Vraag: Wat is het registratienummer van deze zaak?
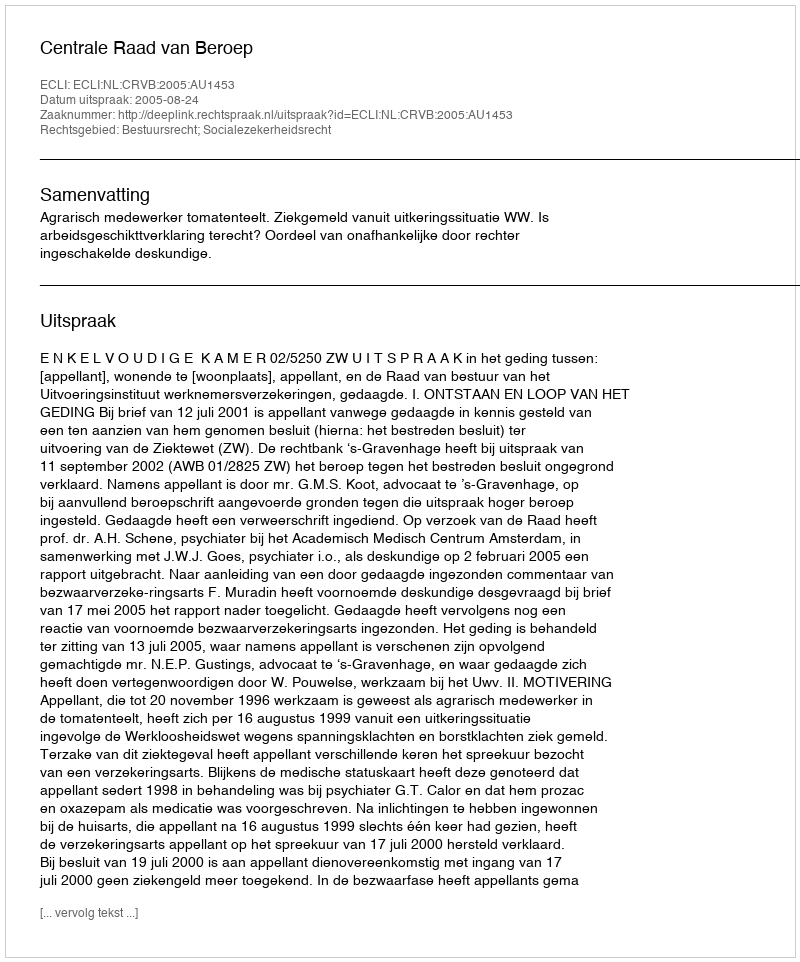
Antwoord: http://deeplink.rechtspraak.nl/uitspraak?id=ECLI:NL:CRVB:2005:AU1453